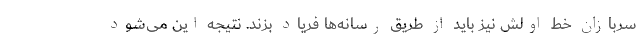
سربازان خط اولش نیز باید از طریق رسانه‌ها فریاد بزند. نتیجه این می‌شود